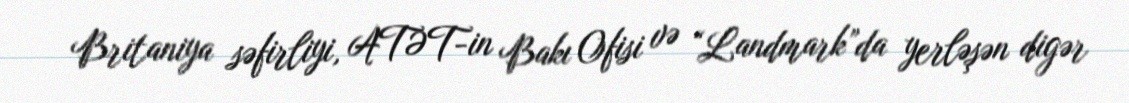
Britaniya səfirliyi, ATƏT-in Bakı Ofisi və “Landmark”da yerləşən digər